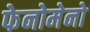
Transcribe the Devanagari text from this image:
फेनोमेनो